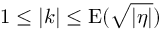
1 \leq | k | \leq \mathrm { E } ( \sqrt { | \eta | } )